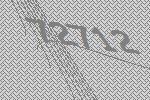
72712